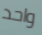
واحد